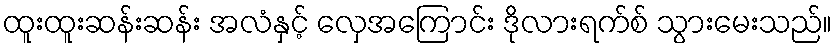
ထူးထူးဆန်းဆန်း အလံနှင့် လှေအကြောင်း ဒိုလားရက်စ် သွားမေးသည်။